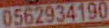
0562934190